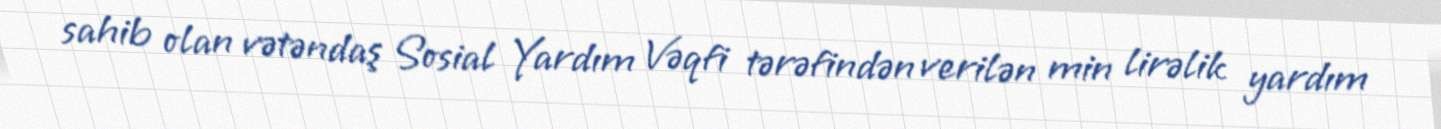
sahib olan vətəndaş Sosial Yardım Vəqfi tərəfindən verilən min lirəlik yardım